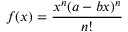
f ( x ) = { \frac { x ^ { n } ( a - b x ) ^ { n } } { n ! } }